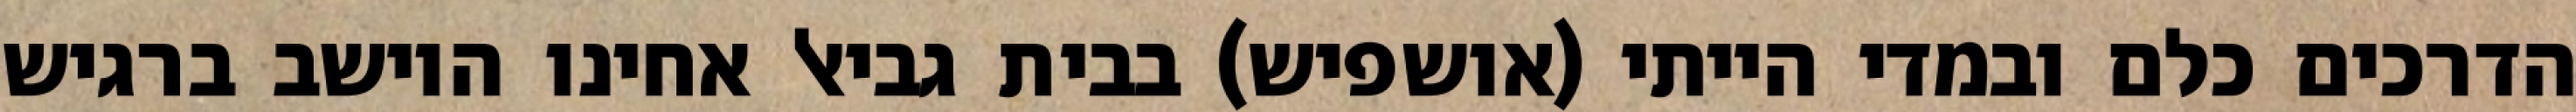
הדרכים כלם ובמדי הייתי (אושפיש) בבית גביאל אחינו היושב ברגיש